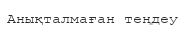
Анықталмаған теңдеу